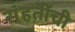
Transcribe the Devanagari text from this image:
संहतींची